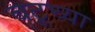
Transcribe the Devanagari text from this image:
बटूच्या